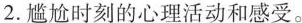
2.尴尬时刻的心理活动和感受。